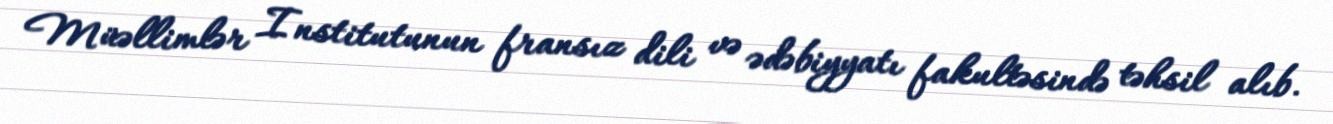
Müəllimlər Institutunun fransız dili və ədəbiyyatı fakultəsində təhsil alıb.